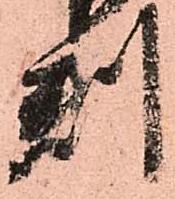
判